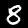
Digit: 8